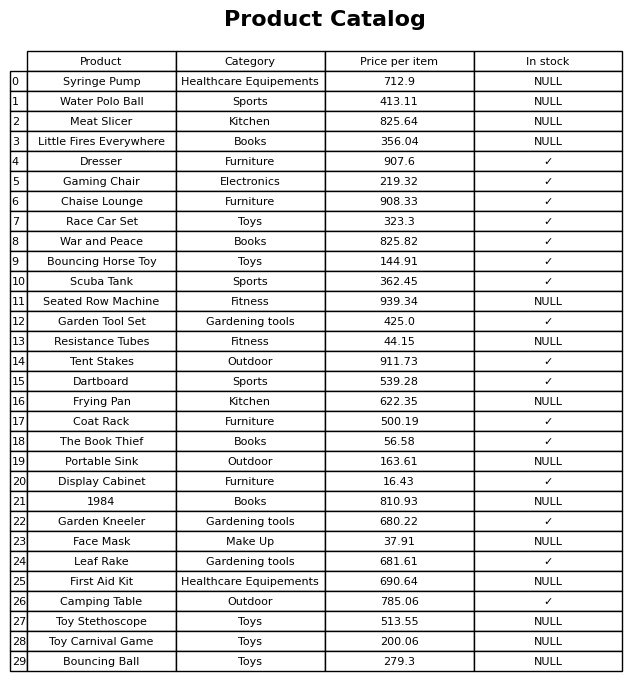
question: What is the price for Bouncing Horse Toy?
answer: The price of Bouncing Horse Toy is 144.91.